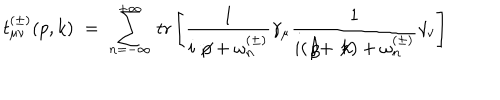
LaTeX: t _ { \mu \nu } ^ { ( \pm ) } ( p , k ) \; = \; \sum _ { n = - \infty } ^ { + \infty } \, \mathrm { t r } \left[ \frac { 1 } { i \not \! p + \omega _ { n } ^ { ( \pm ) } } \gamma _ { \mu } \frac { 1 } { i ( \not \! p + \not \! k ) + \omega _ { n } ^ { ( \pm ) } } \gamma _ { \nu } \right]